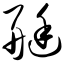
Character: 艇